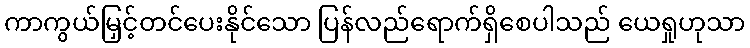
ကာကွယ်မြှင့်တင်ပေးနိုင်သော ပြန်လည်ရောက်ရှိစေပါသည် ယေရှုဟုသာ